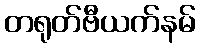
တရုတ်ဗီယက်နမ်